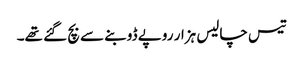
تیس چالیس ہزار روپے ڈوبنے سے بچ گئے تھے۔